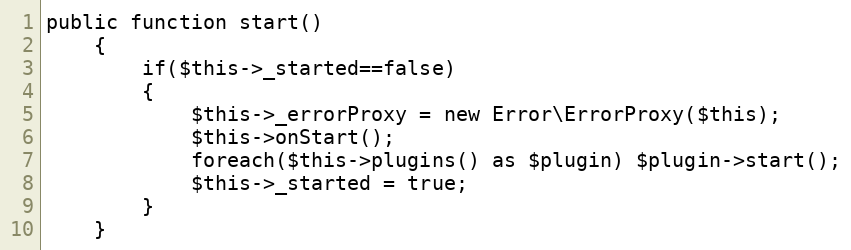
Language: PHP
public function start()
	{
		if($this->_started==false)
		{
			$this->_errorProxy = new Error\ErrorProxy($this);
			$this->onStart();
			foreach($this->plugins() as $plugin) $plugin->start();
			$this->_started = true;
		}
	}